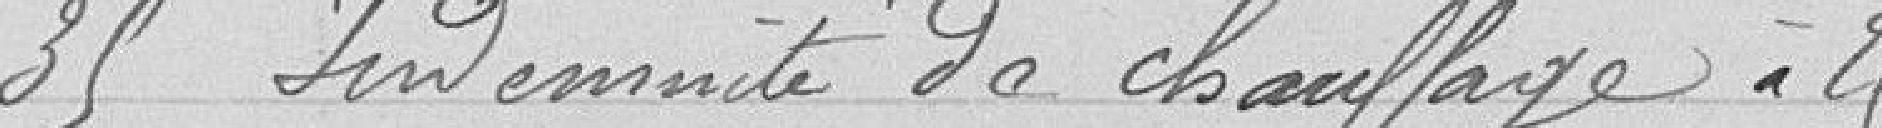
35 indemnités de chauffage à 25 francs